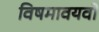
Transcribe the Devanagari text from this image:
विषमावयवो